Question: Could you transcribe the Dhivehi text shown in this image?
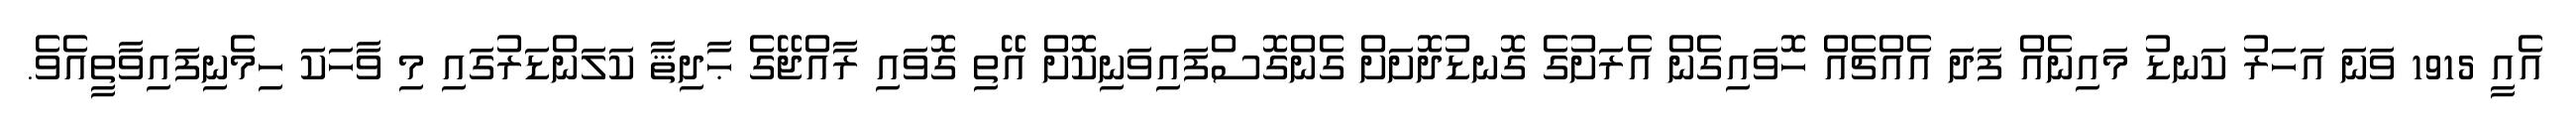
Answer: އެއީ 1915 ވަނަ އަހަރު ކަނޑު މައިނެއް ފަދަ އެއްޗެއް ހޮވައިގެން އެރަށުގެ ގޮނޑުދޮށަށް ގެންގޮސްފައިވަނިކޮށް އޭތި ގޮވައި ރާއްޖޭގެ ޙާދިޘާ ކަލަންޑަރުގައި މި ވާހަކަ ހިމެނިފައިވާތީއެވެ.